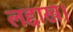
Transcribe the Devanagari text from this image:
लद्दाख।